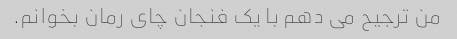
من ترجیح می دهم با یک فنجان چای رمان بخوانم.